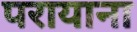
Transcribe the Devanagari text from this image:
परायाना